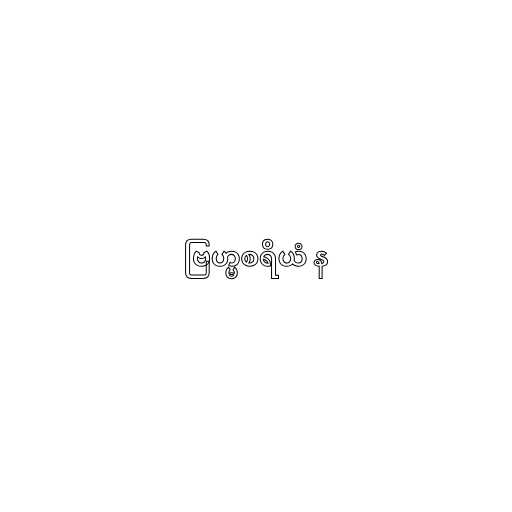
ဗြဟ္မစရိယံ န